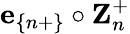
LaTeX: \textbf{e}_{\{ n+\} }\circ\textbf{Z}_{n}^{+}